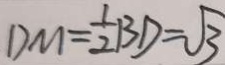
D M = \frac { 1 } { 2 } B D = \sqrt { 3 }